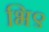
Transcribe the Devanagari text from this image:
भि९